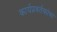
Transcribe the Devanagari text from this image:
कार्यप्रवर्तकांचा